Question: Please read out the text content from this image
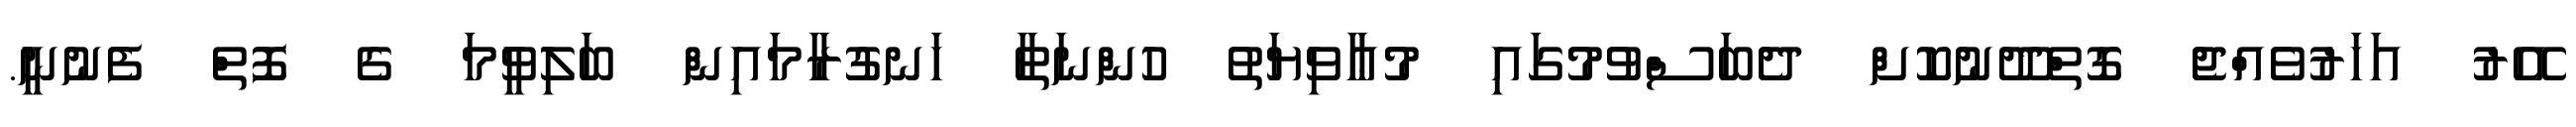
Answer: އޭރު އަހަރުވެއްޖެ ގޮތްދޫނުކޮށް ދެބަސްވުމުގައި މުޢާވިޔަތު ހުންނަތާ ހަނގުރާމައިން ބަލިވީމަ ގެ ފޮތް ފެނުނީ.